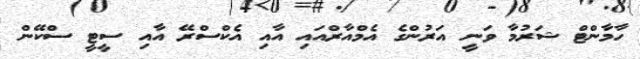
ހާމާންޓް ޝަރުމާ ވަނީ އަރުންގެ އެމްއާރްއައި އާއި އެކްސްރޭ އާއި ސީޓީ ސްކޭން